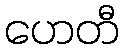
ဟေတီ